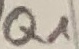
Text: Q1